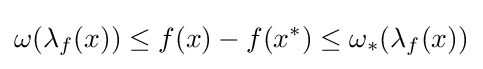
\omega (\lambda _{f}(x))\leq f(x)-f(x^{*})\leq \omega _{*}(\lambda _{f}(x))